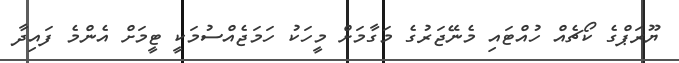
ޔޫރަޕްގެ ކޯޗެއް ހުއްޓައި މެނޭޖަރުގެ މަގާމަށް މީހަކު ހަމަޖެއްސުމަކީ ޓީމަށް އެންމެ ފައިދާ